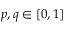
p , q \in [ 0 , 1 ]